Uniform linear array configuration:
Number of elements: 24
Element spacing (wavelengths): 0.25
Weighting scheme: binomial
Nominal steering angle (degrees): -15
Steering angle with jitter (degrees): -13.147
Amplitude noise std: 0.05
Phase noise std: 0.05

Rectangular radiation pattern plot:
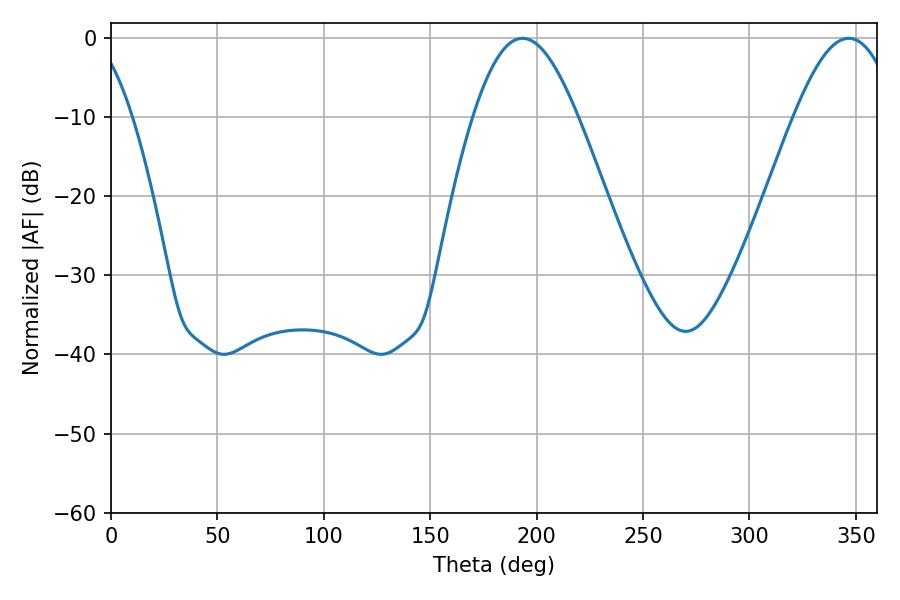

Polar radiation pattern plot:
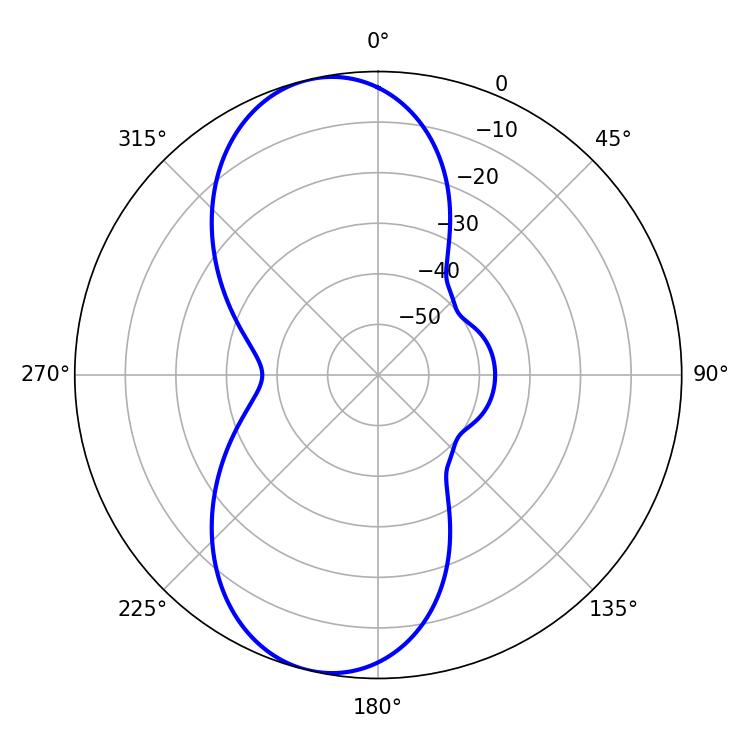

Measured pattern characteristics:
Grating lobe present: FALSE
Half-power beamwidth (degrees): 26.46
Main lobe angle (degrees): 193.32